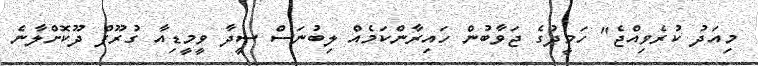
މިއަދު ކުރެވިއްޖެ" ހަމީދުގެ ޖަވާބުން ހައިރާންކަމެއް ލިބުނަސް ސީދާ ވީމީޑިއާ ގުރޫޕް ދޫކޮށްލާނެ